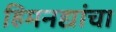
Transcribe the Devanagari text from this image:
हिमनद्यांचा